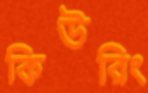
কিউরিং